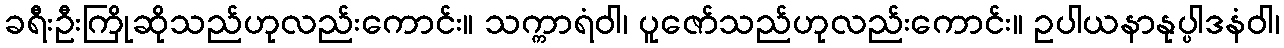
ခရီးဦးကြိုဆိုသည်ဟုလည်းကောင်း။ သက္ကာရံဝါ၊ ပူဇော်သည်ဟုလည်းကောင်း။ ဥပါယနာနုပ္ပါဒနံဝါ၊